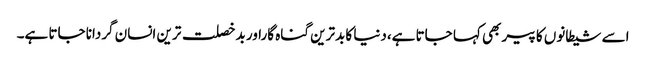
اسے شیطانوں کا پیر بھی کہا جاتا ہے،دنیا کا بدترین گناہ گاراور بدخصلت ترین انسان گردانا جاتا ہے۔